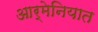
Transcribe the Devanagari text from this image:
आर्मेनियात